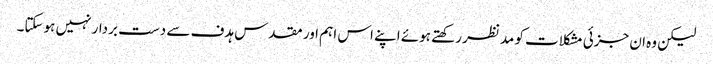
لیکن وہ ان جزئی مشکلات کو مدنظر رکھتے ہوئے اپنے اس اہم اور مقدس ہدف سے دست بردار نہیں ہوسکتا۔